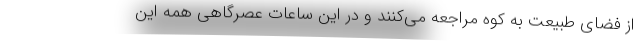
از فضای طبیعت به کوه مراجعه می‌کنند و در این ساعات عصرگاهی همه این